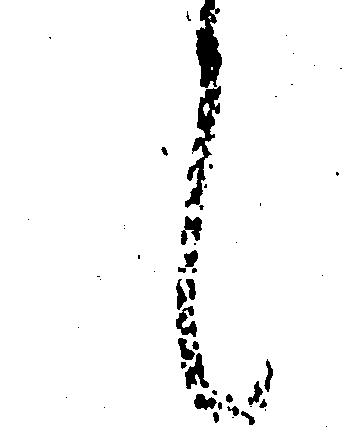
候